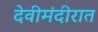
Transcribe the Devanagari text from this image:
देवीमंदीरात